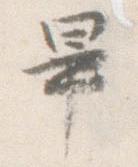
畢